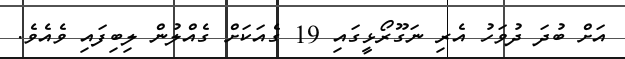
އަށް ބުދަ ދުވަހު އެރި ނަގޫރޯޅީގައި 19 ގެއަކަށް ގެއްލުން ލިބިފައި ވެއެވެ.